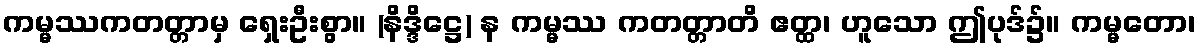
ကမ္မဿကတတ္တာမှ ရှေးဦးစွာ။ (နိဒ္ဒိဋ္ဌေ) န ကမ္မဿ ကတတ္တာတိ ဧတ္ထ၊ ဟူသော ဤပုဒ်၌။ ကမ္မတော၊